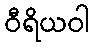
ဝီရိယဝါ